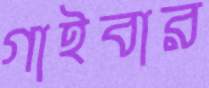
গাইবার